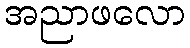
အညာဖလော